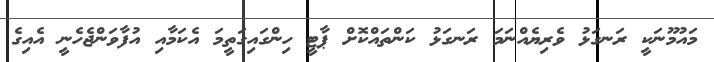
މައުމޫނަކީ ރަނގަޅު ވެރިޔެއްނަމަ ރަނގަޅު ކަންތައްކޮށް ޕާޓީ ހިންގައިގަތީމަ އެކަމާއި އުފާވަންޖެހެނީ އެއިގެ